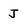
Character: J